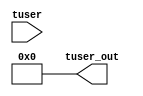
module tuser_design_1_axis_broadcaster_0_0 #
  (
   parameter C_S_AXIS_TUSER_WIDTH = 8,
   parameter C_M_AXIS_TUSER_WIDTH = 8
  )
  (
   input  wire [C_S_AXIS_TUSER_WIDTH-1:0] tuser,
   output wire [C_M_AXIS_TUSER_WIDTH-1:0] tuser_out
  );
  assign tuser_out = {1'b0,1'b0};
endmodule